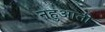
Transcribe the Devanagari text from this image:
नहुआती